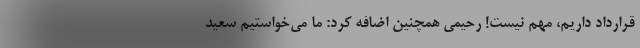
قرارداد داریم، مهم نیست! رحیمی همچنین اضافه کرد: ما می‌خواستیم سعید